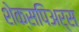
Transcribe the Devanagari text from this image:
शेक्सपिअर्स